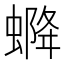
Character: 𧌰